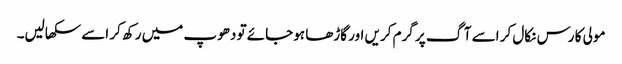
مولی کا رس نکال کر اسے آگ پر گرم کریں اور گاڑھا ہوجائے تو دھوپ میں رکھ کر اسے سکھالیں۔